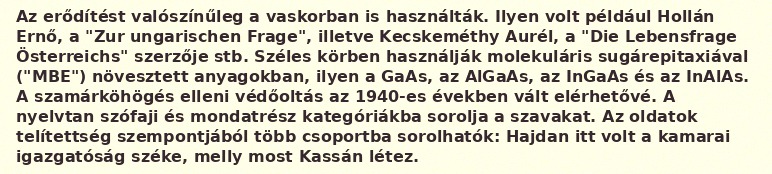
Az erődítést valószínűleg a vaskorban is használták. Ilyen volt például Hollán Ernő, a "Zur ungarischen Frage", illetve Kecskeméthy Aurél, a "Die Lebensfrage Österreichs" szerzője stb. Széles körben használják molekuláris sugárepitaxiával ("MBE") növesztett anyagokban, ilyen a GaAs, az AlGaAs, az InGaAs és az InAlAs. A szamárköhögés elleni védőoltás az 1940-es években vált elérhetővé. A nyelvtan szófaji és mondatrész kategóriákba sorolja a szavakat. Az oldatok telítettség szempontjából több csoportba sorolhatók: Hajdan itt volt a kamarai igazgatóság széke, melly most Kassán létez.